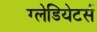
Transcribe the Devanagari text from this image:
ग्लेडियेटर्स